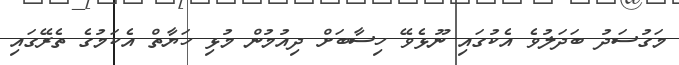
މަގުސަދު ބަދަލުވެ އެކުގައި ނޫޅެވޭ ހިސާބަށް ދިއުމުން މުޅި ހަޔާތް އެކަމުގެ ތެރޭގައި